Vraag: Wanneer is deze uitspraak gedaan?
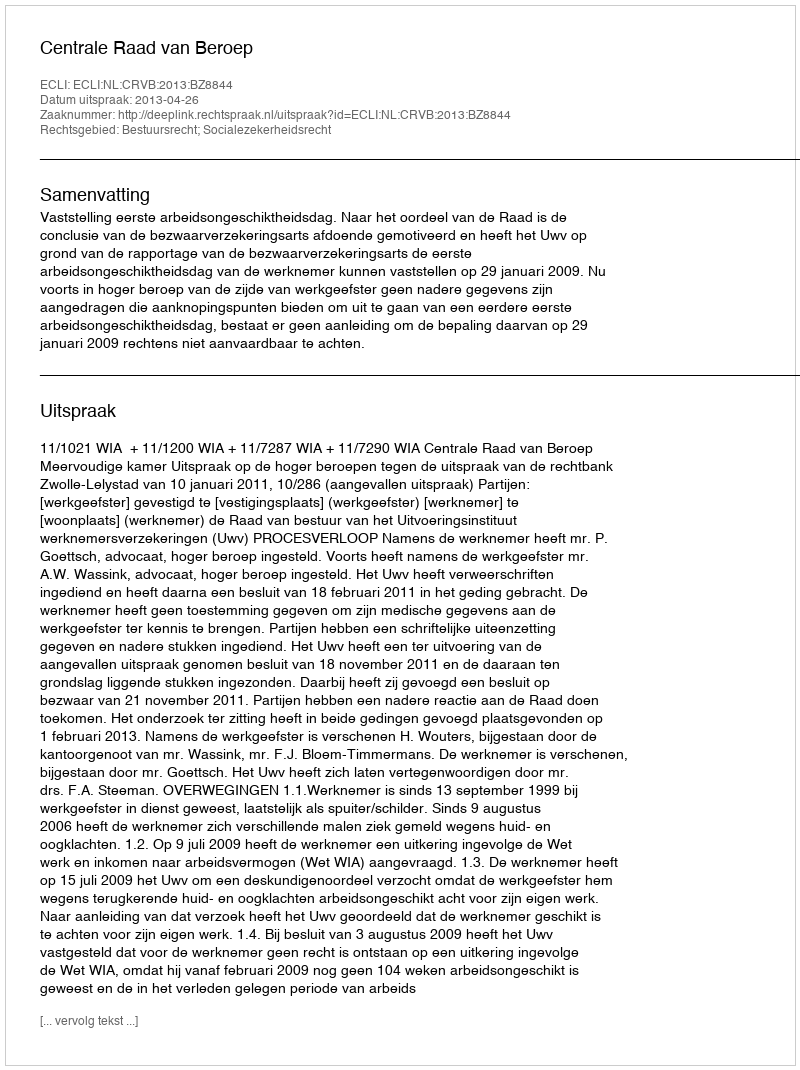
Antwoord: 2013-04-26